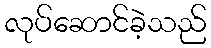
လုပ်ဆောင်ခဲ့သည်